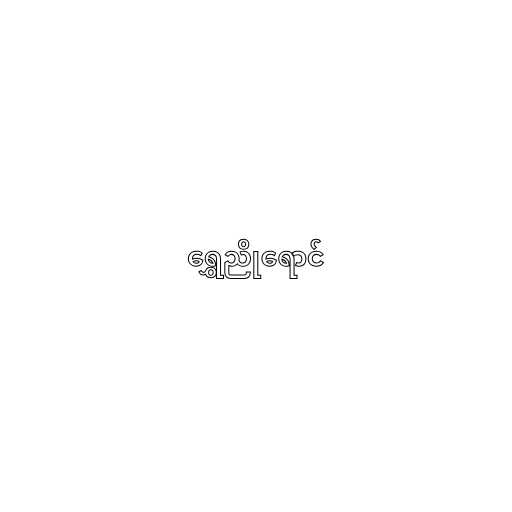
ရွှေညိုရောင်